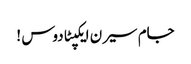
جام سیرن ایکپٹادوس !